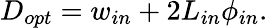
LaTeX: D_{opt}=w_{in}+2L_{in}\phi_{in}.